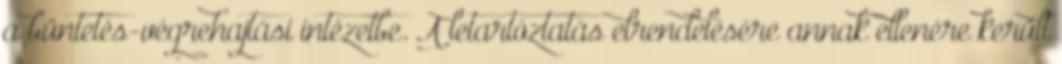
a büntetés-végrehajtási intézetbe. A letartóztatás elrendelésére annak ellenére került